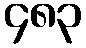
၄၈၃